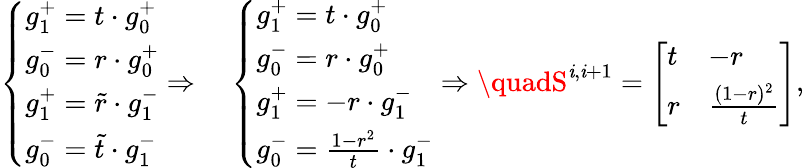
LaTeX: \left\{ \begin{array}{ll}{g_{1}^{+}=t\cdot g_{0}^{+}}\\ {g_{0}^{-}=r\cdot g_{0}^{+}}\\ {g_{1}^{+}=\tilde{r}\cdot g_{1}^{-}}\\ {g_{0}^{-}=\tilde{t}\cdot g_{1}^{-}}\end{array}\right.\Rightarrow\quad\left\{ \begin{array}{ll}{g_{1}^{+}=t\cdot g_{0}^{+}}\\ {g_{0}^{-}=r\cdot g_{0}^{+}}\\ {g_{1}^{+}=-r\cdot g_{1}^{-}}\\ {g_{0}^{-}=\frac{1-r^{2}}{t}\cdot g_{1}^{-}}\end{array}\right.\Rightarrow\quadS^{\mathit{i},\mathit{i}+1}=\left[\begin{array}{ll}{t}&{-r}\\ {r}&{\frac{(1-r)^{2}}{t}}\end{array}\right],